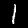
Digit: 1